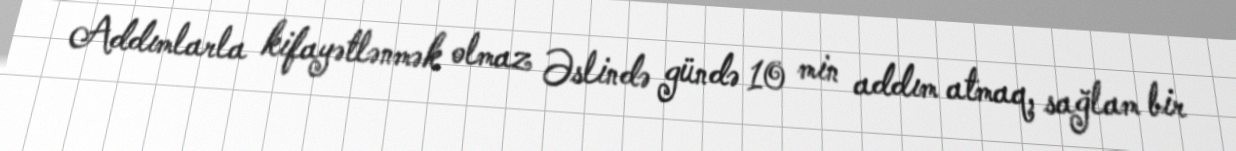
Addımlarla kifayətlənmək olmaz Əslində gündə 10 min addım atmaq, sağlam bir